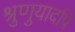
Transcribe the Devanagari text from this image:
श्रुणुयादपि